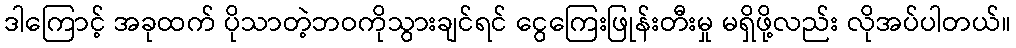
ဒါကြောင့် အခုထက် ပိုသာတဲ့ဘဝကိုသွားချင်ရင် ငွေကြေးဖြုန်းတီးမှု မရှိဖို့လည်း လိုအပ်ပါတယ်။